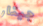
جيتار